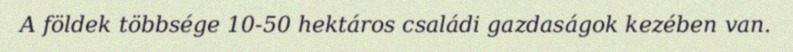
A földek többsége 10-50 hektáros családi gazdaságok kezében van.